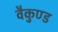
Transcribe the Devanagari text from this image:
वैकुण्ड